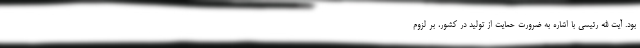
بود. آیت الله رئیسی با اشاره به ضرورت حمایت از تولید در کشور، بر لزوم